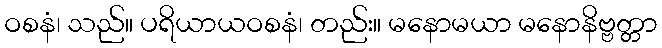
ဝစနံ၊ သည်။ ပရိယာယဝစနံ၊ တည်း။ မနောမယာ မနောနိဗ္ဗတ္တာ